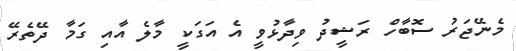
މެނޭޖަރު ސޮބާހް ރަޝީދު ވިދާޅުވީ އެ އަގަކީ މާލެ އާއި ގަމާ ދޭތެރޭ